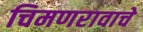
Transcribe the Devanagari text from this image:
चिमणरावाचे